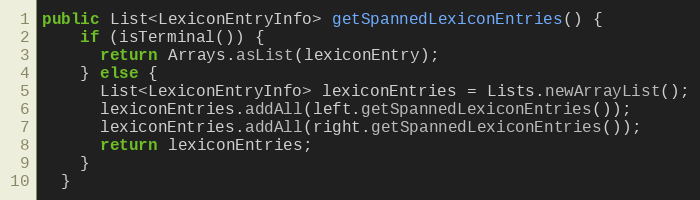
Language: Java
public List<LexiconEntryInfo> getSpannedLexiconEntries() {
    if (isTerminal()) {
      return Arrays.asList(lexiconEntry);
    } else {
      List<LexiconEntryInfo> lexiconEntries = Lists.newArrayList();
      lexiconEntries.addAll(left.getSpannedLexiconEntries());
      lexiconEntries.addAll(right.getSpannedLexiconEntries());
      return lexiconEntries;
    }
  }